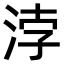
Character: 浡